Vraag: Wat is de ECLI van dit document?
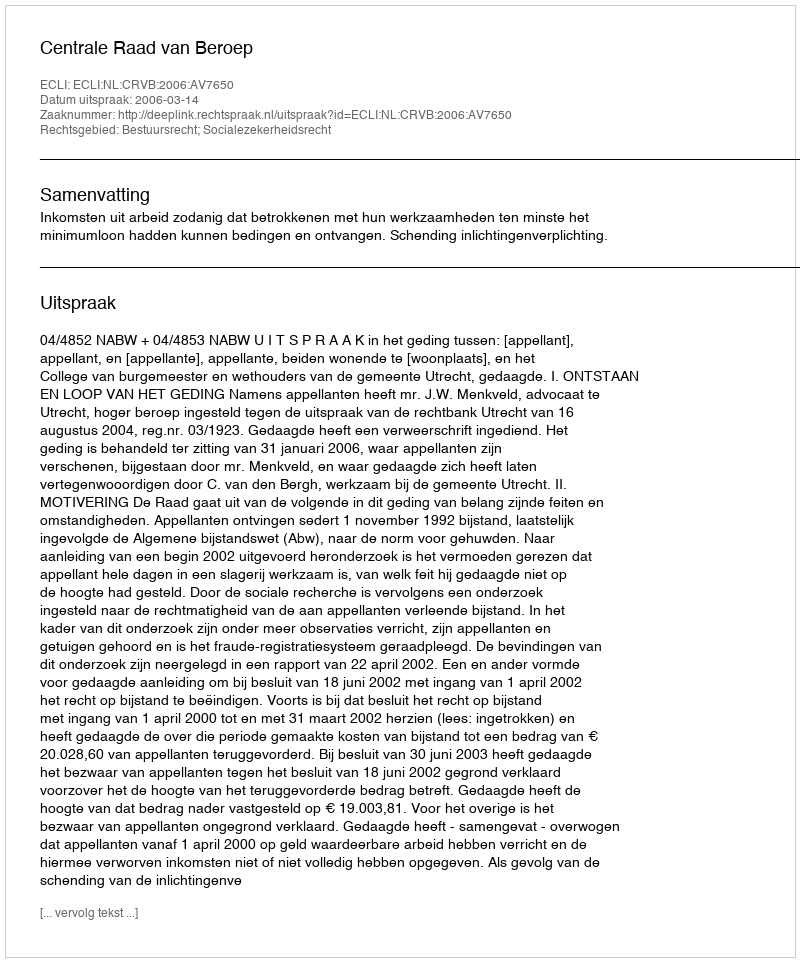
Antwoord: ECLI:NL:CRVB:2006:AV7650